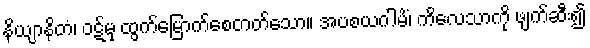
နိယျာနိတံ၊ ဝဋ်မှ ထွက်မြောက်စေတတ်သော။ အပစယဂါမိံ၊ ကိလေသာကို ဖျက်ဆီး၍